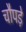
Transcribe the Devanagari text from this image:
चौपड़े